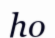
һо